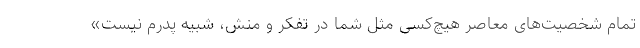
تمام شخصیت‌های معاصر هیچ‌کسی مثل شما در تفکر و منش، شبیه پدرم نیست»